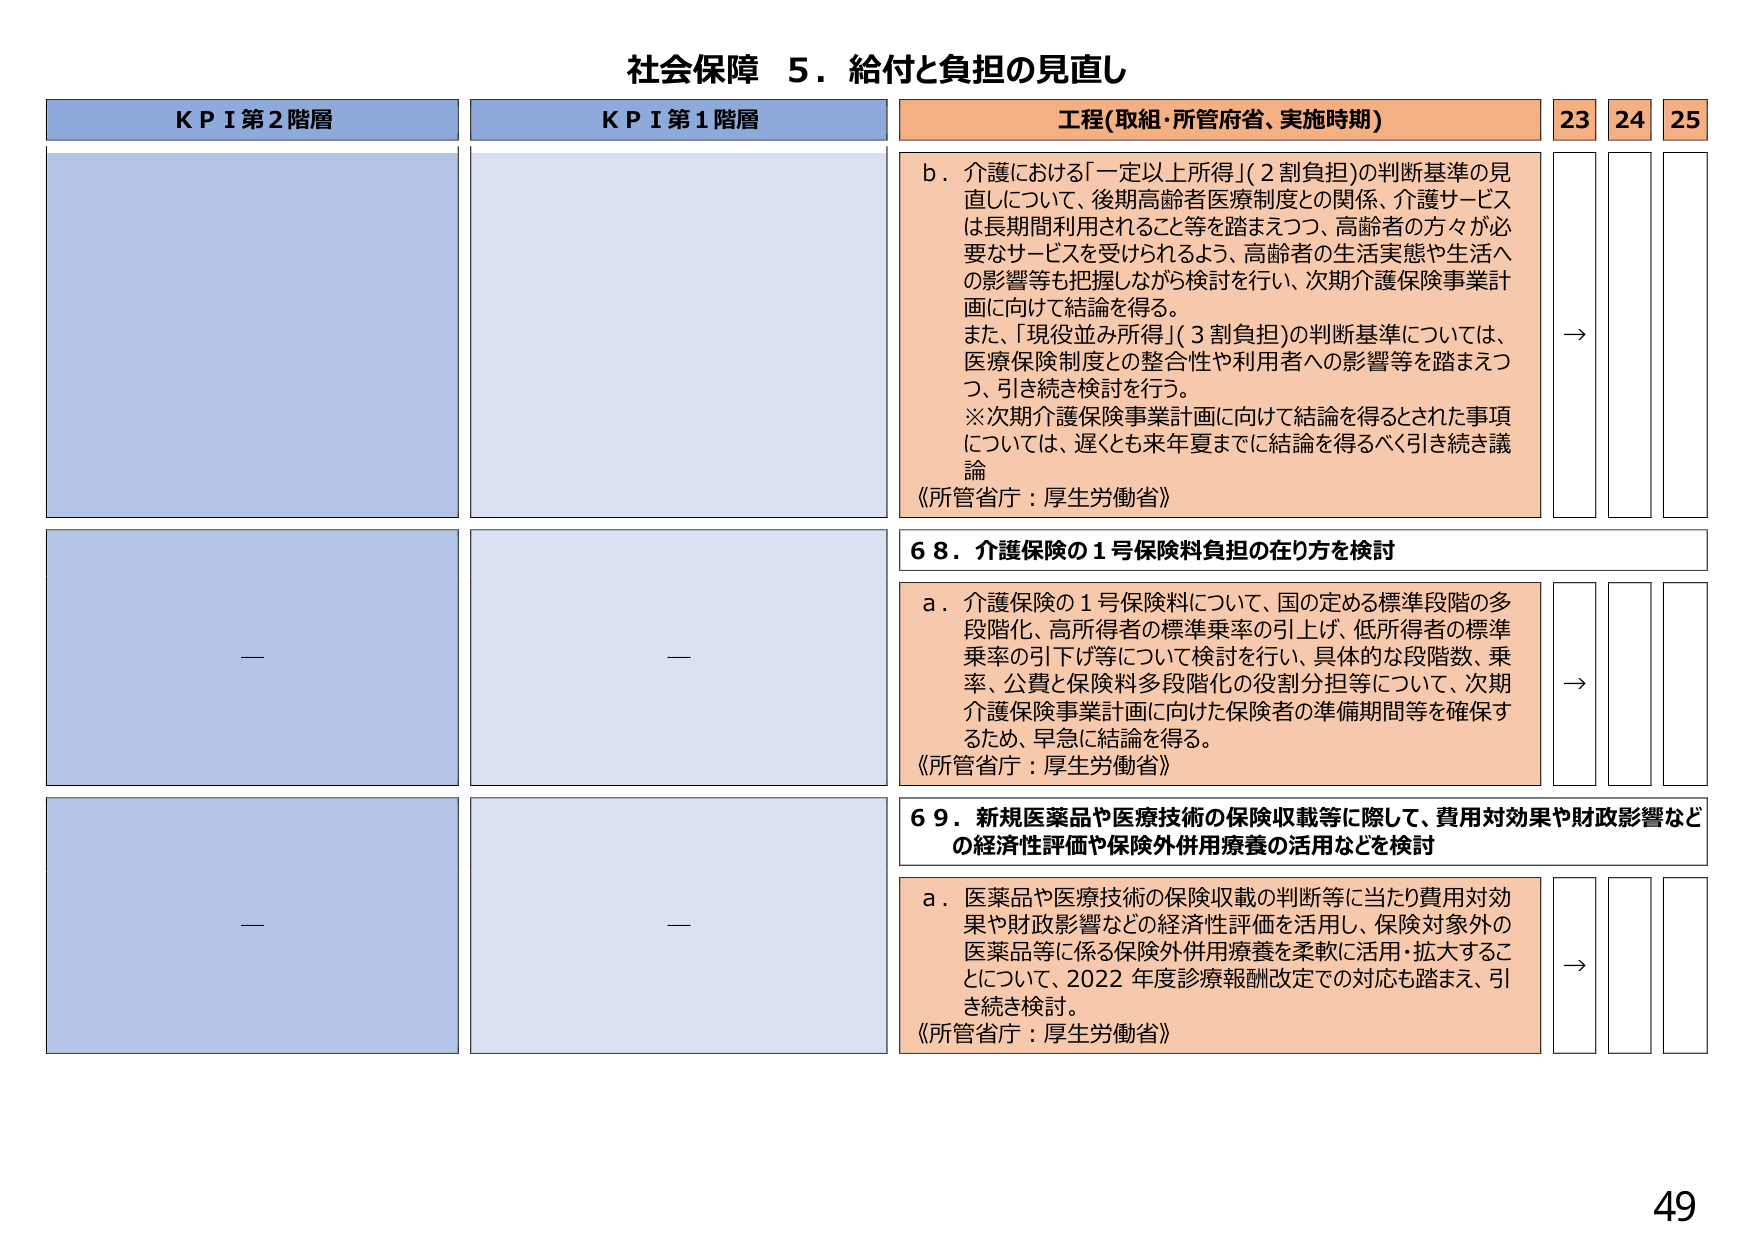
社会保障 5．給付と負担の見直し

KPI第2階層
KPI第1階層
工程(取組・所管府省、実施時期)
23 24 25

b．介護における「一定以上所得」（2割負担）の判断基準の見直しについて、後期高齢者医療制度との関係、介護サービスは長期間利用されること等を踏まえつつ、高齢者の方々が必要なサービスを受けられるよう、高齢者の生活実態や生活への影響等も把握しながら検討を行い、次期介護保険事業計画に向けて結論を得る。
また、「現役並み所得」（3割負担）の判断基準については、医療保険制度との整合性や利用者への影響等を踏まえつつ、引き続き検討を行う。
※次期介護保険事業計画に向けて結論を得るとされた事項については、遅くとも来年夏までに結論を得るべく引き続き議論
《所管省庁：厚生労働省》
→

68．介護保険の1号保険料負担の在り方を検討

a．介護保険の1号保険料について、国の定める標準段階の多段階化、高所得者の標準乗率の引上げ、低所得者の標準乗率の引下げ等について検討を行い、具体的な段階数、乗率、公費と保険料多段階化の役割分担等について、次期介護保険事業計画に向けた保険者の準備期間等を確保するため、早急に結論を得る。
《所管省庁：厚生労働省》
→

69．新規医薬品や医療技術の保険収載等に際して、費用対効果や財政影響などの経済性評価や保険外併用療養の活用などを検討

a．医薬品や医療技術の保険収載の判断等に当たり費用対効果や財政影響などの経済性評価を活用し、保険対象外の医薬品等に係る保険外併用療養を柔軟に活用・拡大することについて、2022年度診療報酬改定での対応も踏まえ、引き続き検討。
《所管省庁：厚生労働省》
→

49